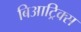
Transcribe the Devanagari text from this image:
बिआट्रिक्स